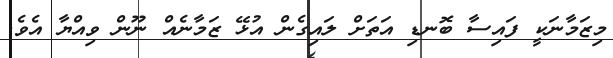
މިޒަމާނަކީ ފައިސާ ބޮނޑި އަތަށް ލައިގެން އުޅޭ ޒަމާނެއް ނޫން ވިއްޔާ އެވެ.